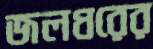
জলধরের